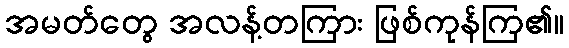
အမတ်တွေ အလန့်တကြား ဖြစ်ကုန်ကြ၏။